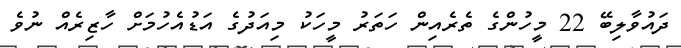
ދައުވާލިބޭ 22 މީހުންގެ ތެރެއިން ހަތަރު މީހަކު މިއަދުގެ އަޑުއެހުމަށް ހާޒިރެއް ނުވެ